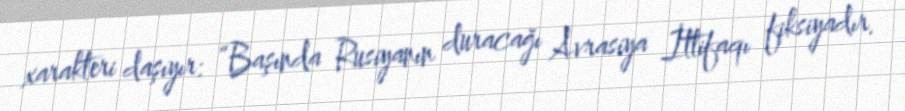
xarakteri daşıyır: “Başında Rusiyanın duracağı Avrasiya İttifaqı fiksiyadır.